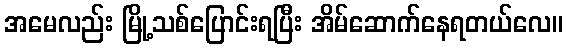
အမေလည်း မြို့သစ်ပြောင်းရပြီး အိမ်ဆောက်နေရတယ်လေ။